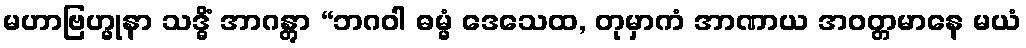
မဟာဗြဟ္မုနာ သဒ္ဓိံ အာဂန္တွာ “ဘဂဝါ ဓမ္မံ ဒေသေထ, တုမှာကံ အာဏာယ အဝတ္တမာနေ မယံ